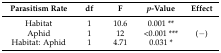
| Parasitism Rate | df | F | p-Value | Effect |
 | --- | --- | --- | --- | --- |
 | Habitat | 1 | 10.6 | 0.001 ** |  |
 | Aphid | 1 | 12 | <0.001 *** | (−) |
 | Habitat: Aphid | 1 | 4.71 | 0.031 * |  |